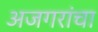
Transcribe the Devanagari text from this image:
अजगरांचा